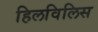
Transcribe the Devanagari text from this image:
हिलविलिस